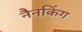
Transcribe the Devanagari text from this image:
नैनकिंग